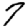
Digit: 7